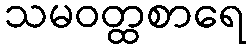
သမဝတ္ထစာရေ